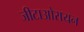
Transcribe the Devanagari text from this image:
जीटाओरायन